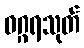
ဝဂ္ဂရသုတ်